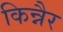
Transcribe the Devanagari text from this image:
किन्नैर